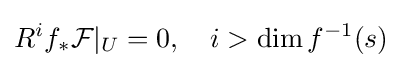
R^{i}f_{*}{\mathcal {F}}|_{U}=0,\quad i>\operatorname {dim} f^{-1}(s)